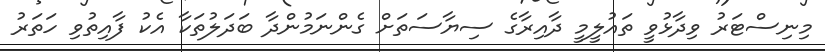
މިނިސްޓަރު ވިދާޅުވީ ތައުލީމީ ދާއިރާގެ ސިޔާސަތަށް ގެންނަމުންދާ ބަދަލުތަކާ އެކު ފާއިތުވި ހަތަރު